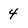
Character: 4